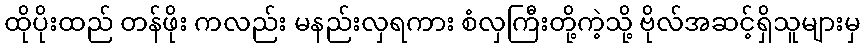
ထိုပိုးထည် တန်ဖိုး ကလည်း မနည်းလှရကား စံလှကြီးတို့ကဲ့သို့ ဗိုလ်အဆင့်ရှိသူများမှ